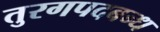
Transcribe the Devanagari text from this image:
तुरगपदबन्ध